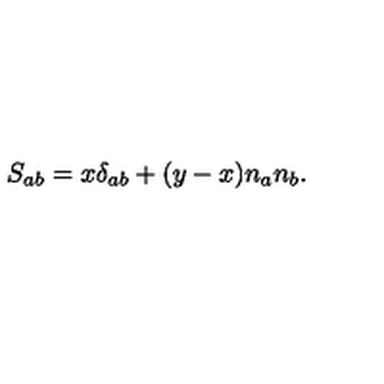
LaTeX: S _ { a b } = x \delta _ { a b } + ( y - x ) n _ { a } n _ { b } .